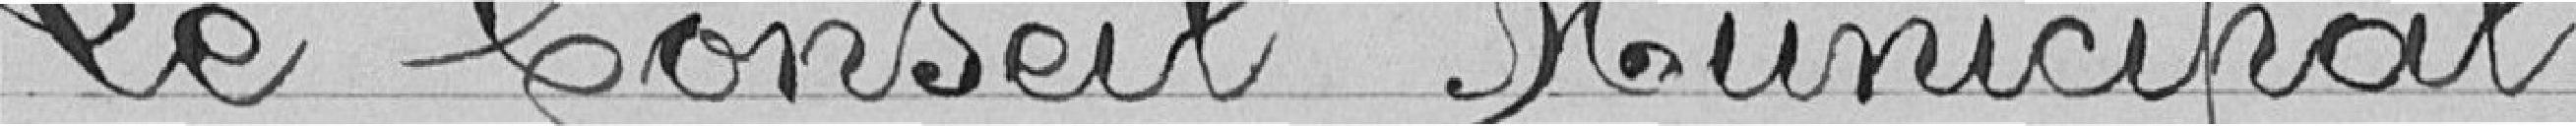
Le Conseil Municipal,